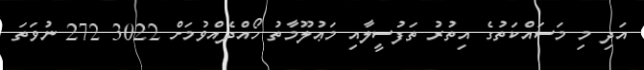
އަދި މި މަސައްކަތުގެ އިތުރު ތަފުސީލާއި މަޢުލޫމާތު ހޯއްދެއްވުމަށް 3022 272 ނުވަތަ